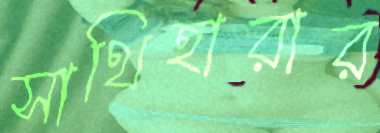
সাথিহারার